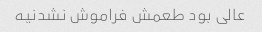
عالی بود طعمش فراموش نشدنیه